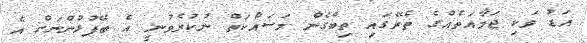
އަޑު ވަކި ޖަމާއަތެއްގެ ތެރޭގައި ތިބެގެން މަސައްކަތް ނުކުރެވުނީ އެ ބޭފުޅުންނަށް އެ